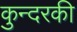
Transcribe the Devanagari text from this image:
कुन्‍दरकी